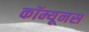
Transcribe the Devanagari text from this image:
कॉम्यूनस